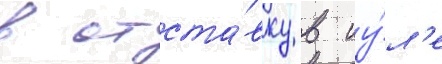
в отста́вку в иу́л'е